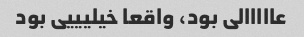
عااااالی بود، واقعا خیلیییی بود